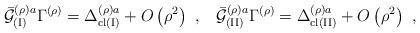
LaTeX: \begin{align*}{\bar{{\cal G}}}_{({\rm I})}^{\left( \rho \right) a}\Gamma ^{\left( \rho\right) }=\Delta _{{\rm cl}({\rm I})}^{\left( \rho \right) a}+O\left( \rho^2\right) \,\,,\;\;\;{\bar{{\cal G}}}_{({\rm II})}^{\left( \rho \right)a}\Gamma ^{\left( \rho \right) }=\Delta _{{\rm cl}({\rm II})}^{\left( \rho\right) a}+O\left( \rho ^2\right) \,\,, \end{align*}